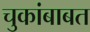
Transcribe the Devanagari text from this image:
चुकांबाबत